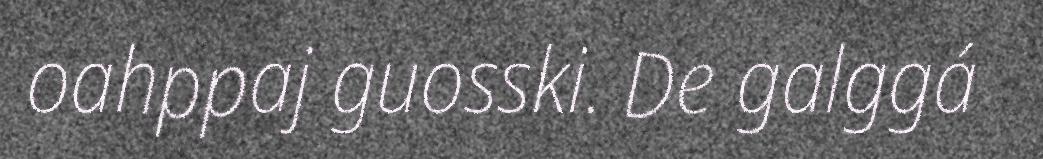
oahppaj guosski. De galggá